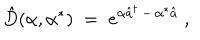
{ \hat { D } } ( \alpha , \alpha ^ { * } ) \; = \; e ^ { \alpha { \hat { a } } ^ { \dagger } \, - \, \alpha ^ { * } { \hat { a } } } \; ,